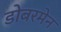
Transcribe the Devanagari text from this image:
डोबरमेन